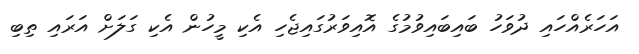
އަހަރެއްހައި ދުވަހު ބައިބައިވުމުގެ އޮއިވަރުގައިޖެހި އެކި މީހުން އެކި ގަލަށް އަރައި ތިބި